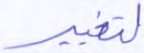
لتغيير